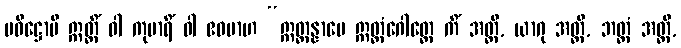
ပဝိဋ္ဌောပိ ဣတ္ထိံ ဝါ ကုမာရိံ ဝါ ဧဝမာဟ “ဣတ္ထန္နာမေ ဣတ္ထံဂေါတ္တေ ကိံ အတ္ထိ, ယာဂု အတ္ထိ, ဘတ္တံ အတ္ထိ,